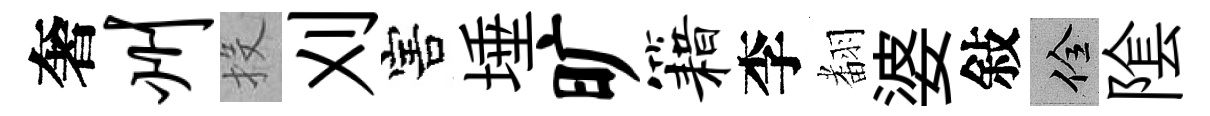
奢州投刈害埵旷籍李𮋒婆敍佺隂